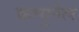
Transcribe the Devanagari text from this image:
कम्युनेल